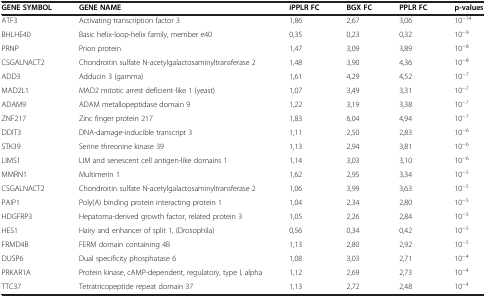
| GENE SYMBOL | GENE NAME | iPPLR FC | BGX FC | PPLR FC | p-values |
 | --- | --- | --- | --- | --- | --- |
 | ATF3 | Activating transcription factor 3 | 1,86 | 2,67 | 3,06 | 10-14 |
 | BHLHE40 | Basic helix-loop-helix family, member e40 | 0,35 | 0,23 | 0,32 | 10-9 |
 | PRNP | Prion protein | 1,47 | 3,09 | 3,89 | 10-8 |
 | CSGALNACT2 | Chondroitin sulfate N-acetylgalactosaminyltransferase 2 | 1,48 | 3,90 | 4,36 | 10-8 |
 | ADD3 | Adducin 3 (gamma) | 1,61 | 4,29 | 4,52 | 10-7 |
 | MAD2L1 | MAD2 mitotic arrest deficient-like 1 (yeast) | 1,07 | 3,49 | 3,31 | 10-7 |
 | ADAM9 | ADAM metallopeptidase domain 9 | 1,22 | 3,19 | 3,38 | 10-7 |
 | ZNF217 | Zinc finger protein 217 | 1,83 | 6,04 | 4,94 | 10-7 |
 | DDIT3 | DNA-damage-inducible transcript 3 | 1,11 | 2,50 | 2,83 | 10-6 |
 | STK39 | Serine threonine kinase 39 | 1,13 | 2,94 | 3,81 | 10-6 |
 | LIMS1 | LIM and senescent cell antigen-like domains 1 | 1,14 | 3,03 | 3,10 | 10-6 |
 | MMRN1 | Multimerin 1 | 1,62 | 2,95 | 3,34 | 10-5 |
 | CSGALNACT2 | Chondroitin sulfate N-acetylgalactosaminyltransferase 2 | 1,06 | 3,99 | 3,63 | 10-5 |
 | PAIP1 | Poly(A) binding protein interacting protein 1 | 1,04 | 2,34 | 2,80 | 10-5 |
 | HDGFRP3 | Hepatoma-derived growth factor, related protein 3 | 1,05 | 2,26 | 2,84 | 10-5 |
 | HES1 | Hairy and enhancer of split 1, (Drosophila) | 0,56 | 0,34 | 0,42 | 10-5 |
 | FRMD4B | FERM domain containing 4B | 1,13 | 2,80 | 2,92 | 10-5 |
 | DUSP6 | Dual specificity phosphatase 6 | 1,08 | 3,03 | 2,71 | 10-4 |
 | PRKAR1A | Protein kinase, cAMP-dependent, regulatory, type I, alpha | 1,12 | 2,69 | 2,73 | 10-4 |
 | TTC37 | Tetratricopeptide repeat domain 37 | 1,13 | 2,72 | 2,48 | 10-4 |